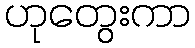
ဟုတွေးကာ